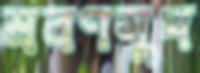
শ্রবণসুখ